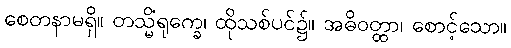
စေတနာမရှိ။ တသ္မိံရုက္ခေ၊ ထိုသစ်ပင်၌။ အဓိဝတ္ထာ၊ စောင့်သော။